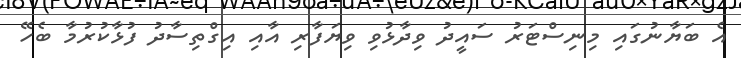
އެ ބަޔާނުގައި މިނިސްޓަރު ސައީދު ވިދާޅުވި ވިޔަފާރި އާއި އިގްތިސާދު ފުޅާކުރުމާ ބެހޭ